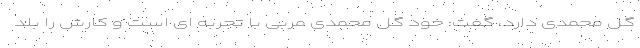
گل محمدی دارد، گفت: خود گل محمدی مربی با تجربه ای است و کارش را بلد